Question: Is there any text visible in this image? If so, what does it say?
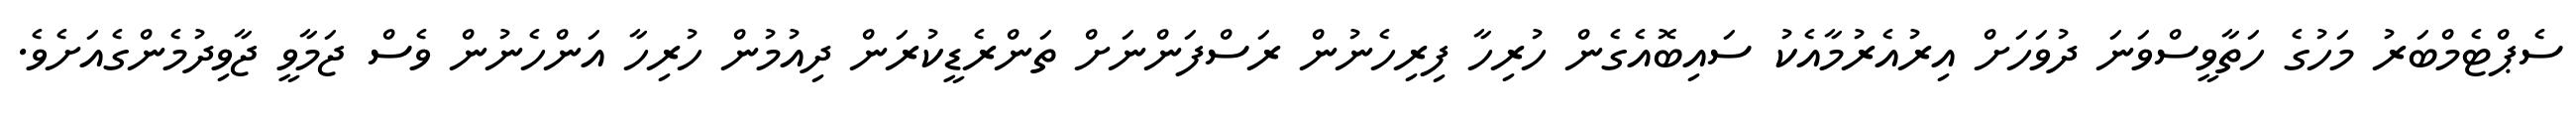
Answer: ސެޕްޓެމްބަރު މަހުގެ ހަތާވީސްވަނަ ދުވަހަށް އިރުއެރުމާއެކު ސައިބޮއެގެން ހުރިހާ ފިރިހެނުން ރަސްފަންނަށް ތަންރެޑީކުރަން ދިއުމުން ހުރިހާ އަންހެނުން ވެސް ޖަމާވީ ޖާވިދުމެންގެއަށެވެ.